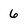
Character: 6